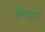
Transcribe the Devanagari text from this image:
कैन्मोर